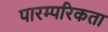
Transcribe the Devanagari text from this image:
पारम्परिकता